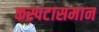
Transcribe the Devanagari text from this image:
कस्पटासमान